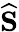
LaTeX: \widehat{\mathbf{S}}